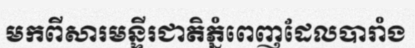
មកពីសារមន្ទីរជាតិភ្នំពេញដែលបារាំង